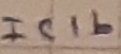
Text: IC1b